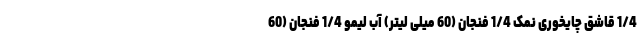
1/4 قاشق چایخوری نمک 1/4 فنجان (60 میلی لیتر) آب لیمو 1/4 فنجان (60